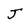
Character: J